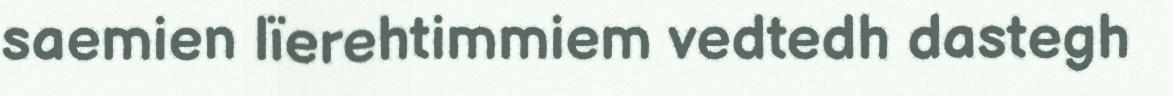
saemien lïerehtimmiem vedtedh dastegh